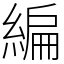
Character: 編